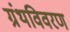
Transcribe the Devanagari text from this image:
ग्रंथविवरण